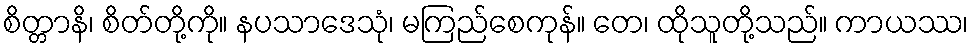
စိတ္တာနိ၊ စိတ်တို့ကို။ နပသာဒေသုံ၊ မကြည်စေကုန်။ တေ၊ ထိုသူတို့သည်။ ကာယဿ၊